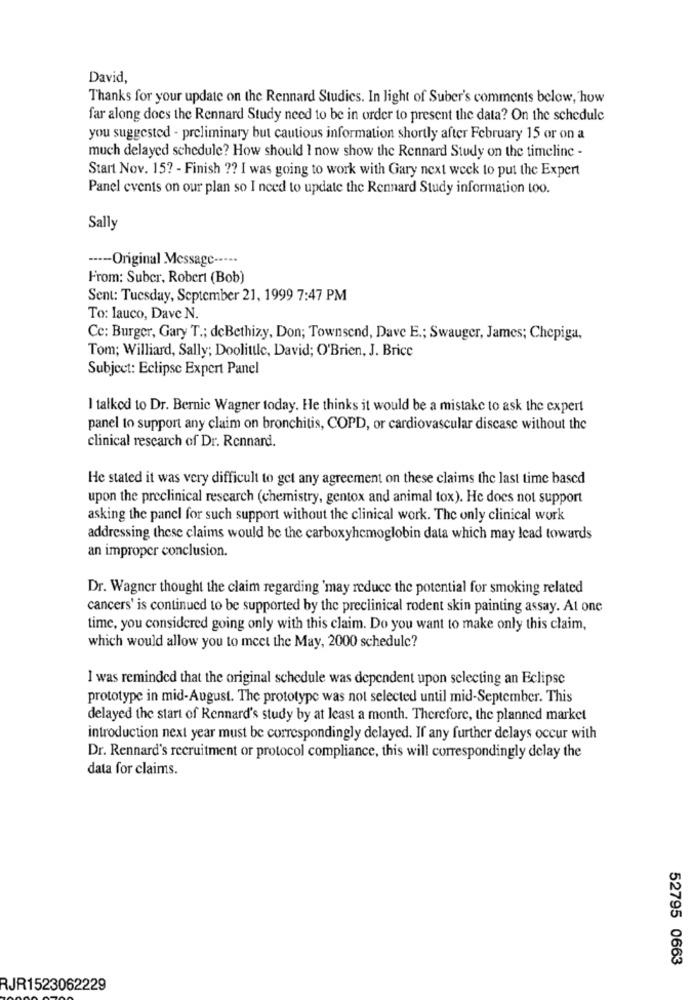
David,
Thanks for your update on the Rennard Studies. In light of Suber's comments below, how
far along docs the Rennard Study need to be in order to present the data? On the schedule
you suggested - preliminary but cautious information shortly after February 15 or on a
much delayed schedule? How should I now show the Rennard Study on the timeline -
Start Nov. 15? - Finish ?? I was going to work with Gary next week to put the Expert
Panel events on our plan so I need to update the Rennard Study information too.
Sally
---- Original Message -----
From: Suber, Robert (Bob)
Sent: Tuesday, September 21, 1999 7:47 PM
To: lauco, Dave N.
Cc: Burger, Gary T .; deBethizy, Don; Townsend, Dave E .; Swauger, James; Chepiga,
Tom; Williard, Sally; Doolittle, David; O'Brien, J. Brice
Subject: Eclipse Expert Panel
I talked to Dr. Bernie Wagner today. He thinks it would be a mistake to ask the expert
panel to support any claim on bronchitis, COPD, or cardiovascular disease without the
clinical research of Dr. Rennard.
He stated it was very difficult to get any agreement on these claims the last time based
upon the preclinical research (chemistry, gentox and animal tox). He does not support
asking the panel for such support without the clinical work. The only clinical work
addressing these claims would be the carboxyhemoglobin data which may lead towards
an improper conclusion.
Dr. Wagner thought the claim regarding 'may reduce the potential for smoking related
cancers' is continued to be supported by the preclinical rodent skin painting assay. At one
time, you considered going only with this claim. Do you want to make only this claim,
which would allow you to meet the May, 2000 schedule?
I was reminded that the original schedule was dependent upon selecting an Eclipse
prototype in mid-August. The prototype was not selected until mid-September. This
delayed the start of Rennard's study by at least a month. Therefore, the planned market
introduction next year must be correspondingly delayed. If any further delays occur with
Dr. Rennard's recruitment or protocol compliance, this will correspondingly delay the
data for claims.
52795 0663
RJR1523062229